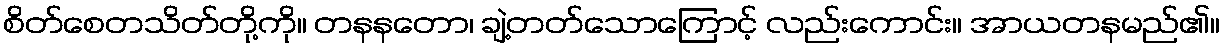
စိတ်စေတသိတ်တို့ကို။ တနနတော၊ ချဲ့တတ်သောကြောင့် လည်းကောင်း။ အာယတနမည်၏။